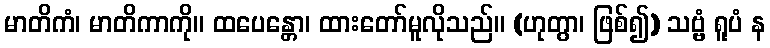
မာတိကံ၊ မာတိကာကို။ ထပေန္တော၊ ထားတော်မူလိုသည်။ (ဟုတွာ၊ ဖြစ်၍) သဗ္ဗံ ရူပံ န